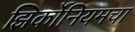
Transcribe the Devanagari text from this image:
झिर्कोनियमचा